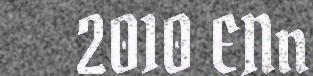
2010 ENn